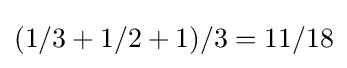
(1/3+1/2+1)/3=11/18